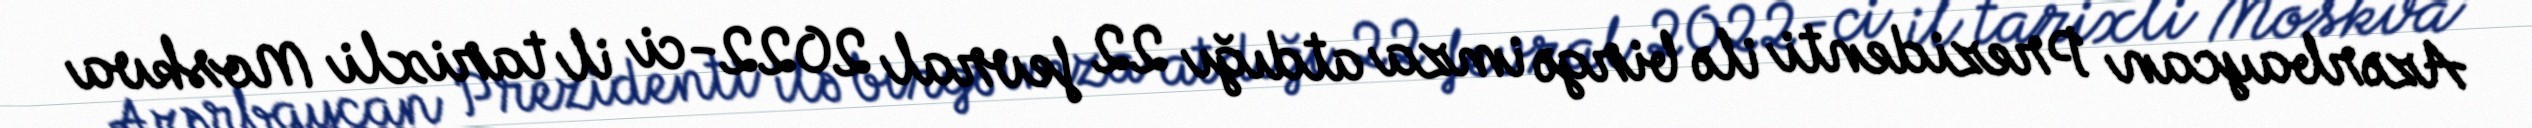
Azərbaycan Prezidenti ilə birgə imza atdığı 22 fevral 2022-ci il tarixli Moskva